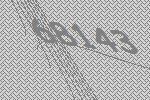
68143